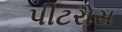
પીટરોસ